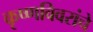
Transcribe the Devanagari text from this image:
कृष्णविवरांचे